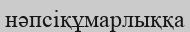
нәпсіқұмарлыққа